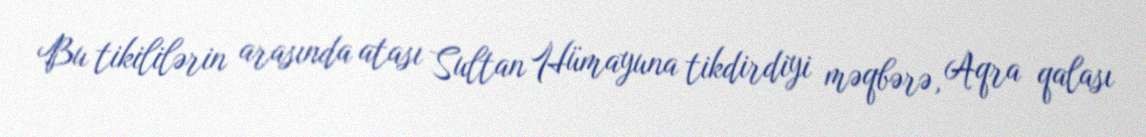
Bu tikililərin arasında atası Sultan Hümayuna tikdirdiyi məqbərə, Aqra qalası